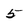
Character: 5